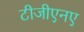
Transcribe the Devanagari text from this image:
टीजीएनए